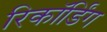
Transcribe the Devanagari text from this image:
रिकाॅर्डिंग